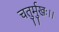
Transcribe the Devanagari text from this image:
चतुर्मुखः।।